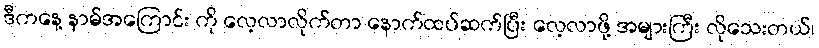
ဒီကနေ့ နာမ်အကြောင်း ကို လေ့လာလိုက်တာ နောက်ထပ်ဆက်ပြီး လေ့လာဖို့ အများကြီး လိုသေးတယ်၊